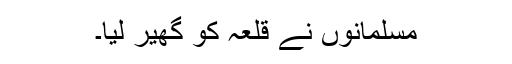
مسلمانوں نے قلعہ کو گھیر لیا۔